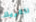
ناظريك